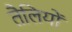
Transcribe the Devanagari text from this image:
तैलियों